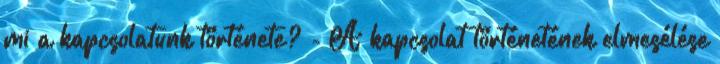
mi a kapcsolatunk története? - A kapcsolat történetének elmesélése